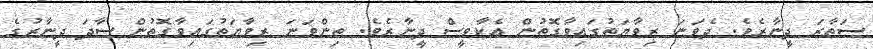
ސަތާރަ ދީނާރެވެ. ދެވަނަ ރިވާޔަތުގައިވާގޮތުން އެކާވީސް ދީނާރެވެ. ތިންވަނަ ރިވާޔަތުގައިވާގޮތުން ސާދަ ދީނާރުގެ